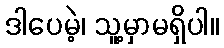
ဒါပေမဲ့၊ သူ့မှာမရှိပါ။